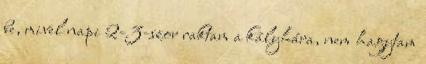
be, mivel napi 2-3-szor raktam a kályhára, nem hagytam